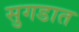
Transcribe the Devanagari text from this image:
सुगडात